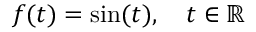
f ( t ) = \sin ( t ) , \quad t \in \mathbb { R }